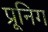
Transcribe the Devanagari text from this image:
प्रूनिग